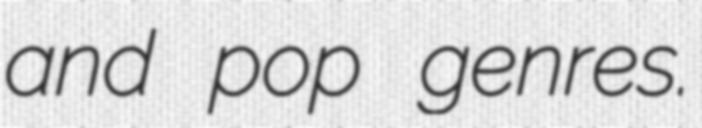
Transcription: and pop genres.